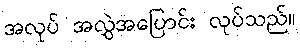
အလုပ် အလွှဲအပြောင်း လုပ်သည်။